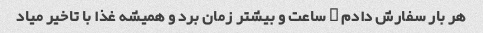
هر بار سفارش دادم ۱ ساعت و بیشتر زمان برد و همیشه غذا با تاخیر میاد